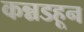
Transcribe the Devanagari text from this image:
कन्नडहून